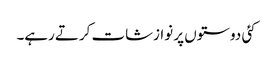
کئی دوستوں پر نوازشات کرتے رہے۔